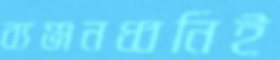
ব্যঞ্জনধ্বনিই